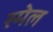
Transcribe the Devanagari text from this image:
स्मेल